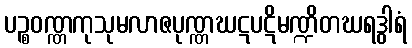
ပဉ္စဝဏ္ဏကုသုမလာဇပုဏ္ဏဃဋပဋိမဏ္ဍိတဃရဒွါရံ